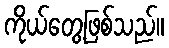
ကိုယ်တွေ့ဖြစ်သည်။